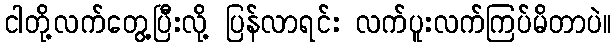
ငါတို့လက်တွေ့ပြီးလို့ ပြန်လာရင်း လက်ပူးလက်ကြပ်မိတာပဲ။